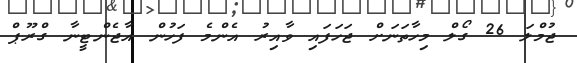
ޖުމްލަ 26 ގޯލް މިހާތަނަށް ޖަހަފައި ވާއިރު އެންމެ ފަހުން އާޖެންޓީނާ ގްރޫޕް